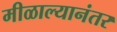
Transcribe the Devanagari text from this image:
मीळाल्यानंतर